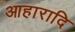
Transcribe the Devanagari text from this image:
आहारादि